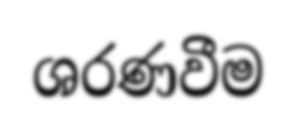
ශරණවීම